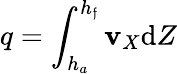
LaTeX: q=\int_{h_{a}}^{h_{\mathfrak{f}}}\mathbf{v}_{X}\mathrm{{d}}Z